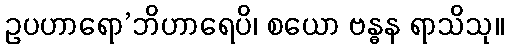
ဥပဟာရော’ဘိဟာရေပိ၊ စယော ဗန္ဓန ရာသိသု။